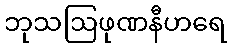
ဘုသဩဖုဏနီဟရေ